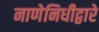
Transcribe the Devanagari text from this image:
नाणेनिधीद्वारे